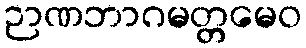
ဉာဏဘာဂမတ္တမေဝ